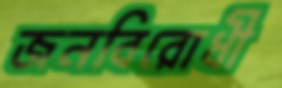
জনবিরোধী